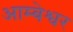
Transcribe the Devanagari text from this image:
आम्बेश्वर